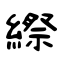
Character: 縩